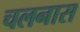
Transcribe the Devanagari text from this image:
चलनास